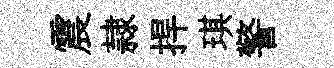
震隷捍琪警